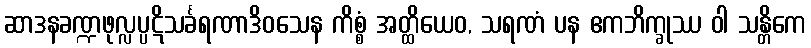
ဆာဒနခဏ္ဍဖုလ္လပ္ပဋိသင်္ခရဏာဒိဝသေန ကိစ္စံ အတ္ထိယေဝ, သရဏံ ပန ဧကဘိက္ခုဿ ဝါ သန္တိကေ